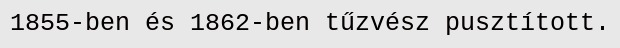
1855-ben és 1862-ben tűzvész pusztított.